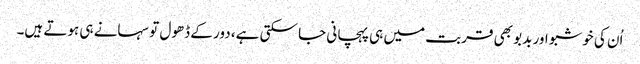
اُن کی خوشبو اور بدبو بھی قربت میں ہی پہچانی جا سکتی ہے، دور کے ڈھول تو سہانے ہی ہوتے ہیں۔